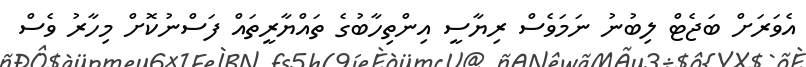
އެވަރަށް ބަޖެޓް ލިބުނު ނަމަވެސް ރިޔާސީ އިންތިހާބުގެ ތައްޔާރީތައް ފަސްނުކޮށް މިހާރު ވެސް